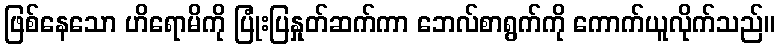
ဖြစ်နေသော ဟိရောမိကို ပြုံးပြနှုတ်ဆက်ကာ ဘေလ်စာရွက်ကို ကောက်ယူလိုက်သည်။